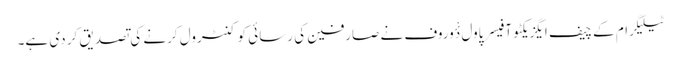
ٹیلیگرام کے چیف ایگزیکٹو آفیسر پاول دٴْوروف نے صارفین کی رسائی کو کنٹرول کرنے کی تصدیق کر دی ہے۔